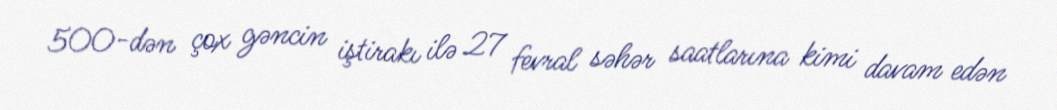
500-dən çox gəncin iştirakı ilə 27 fevral səhər saatlarına kimi davam edən